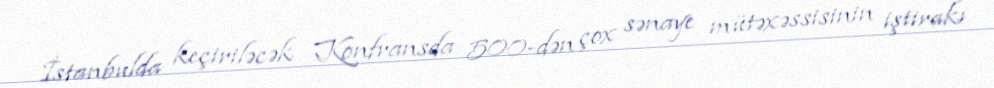
İstanbulda keçiriləcək Konfransda 500-dən çox sənaye mütəxəssisinin iştirakı